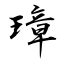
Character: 璋